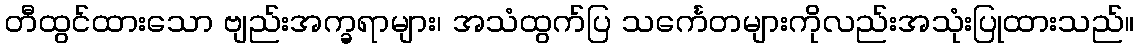
တီထွင်ထားသော ဗျည်းအက္ခရာများ၊ အသံထွက်ပြ သင်္ကေတများကိုလည်းအသုံးပြုထားသည်။